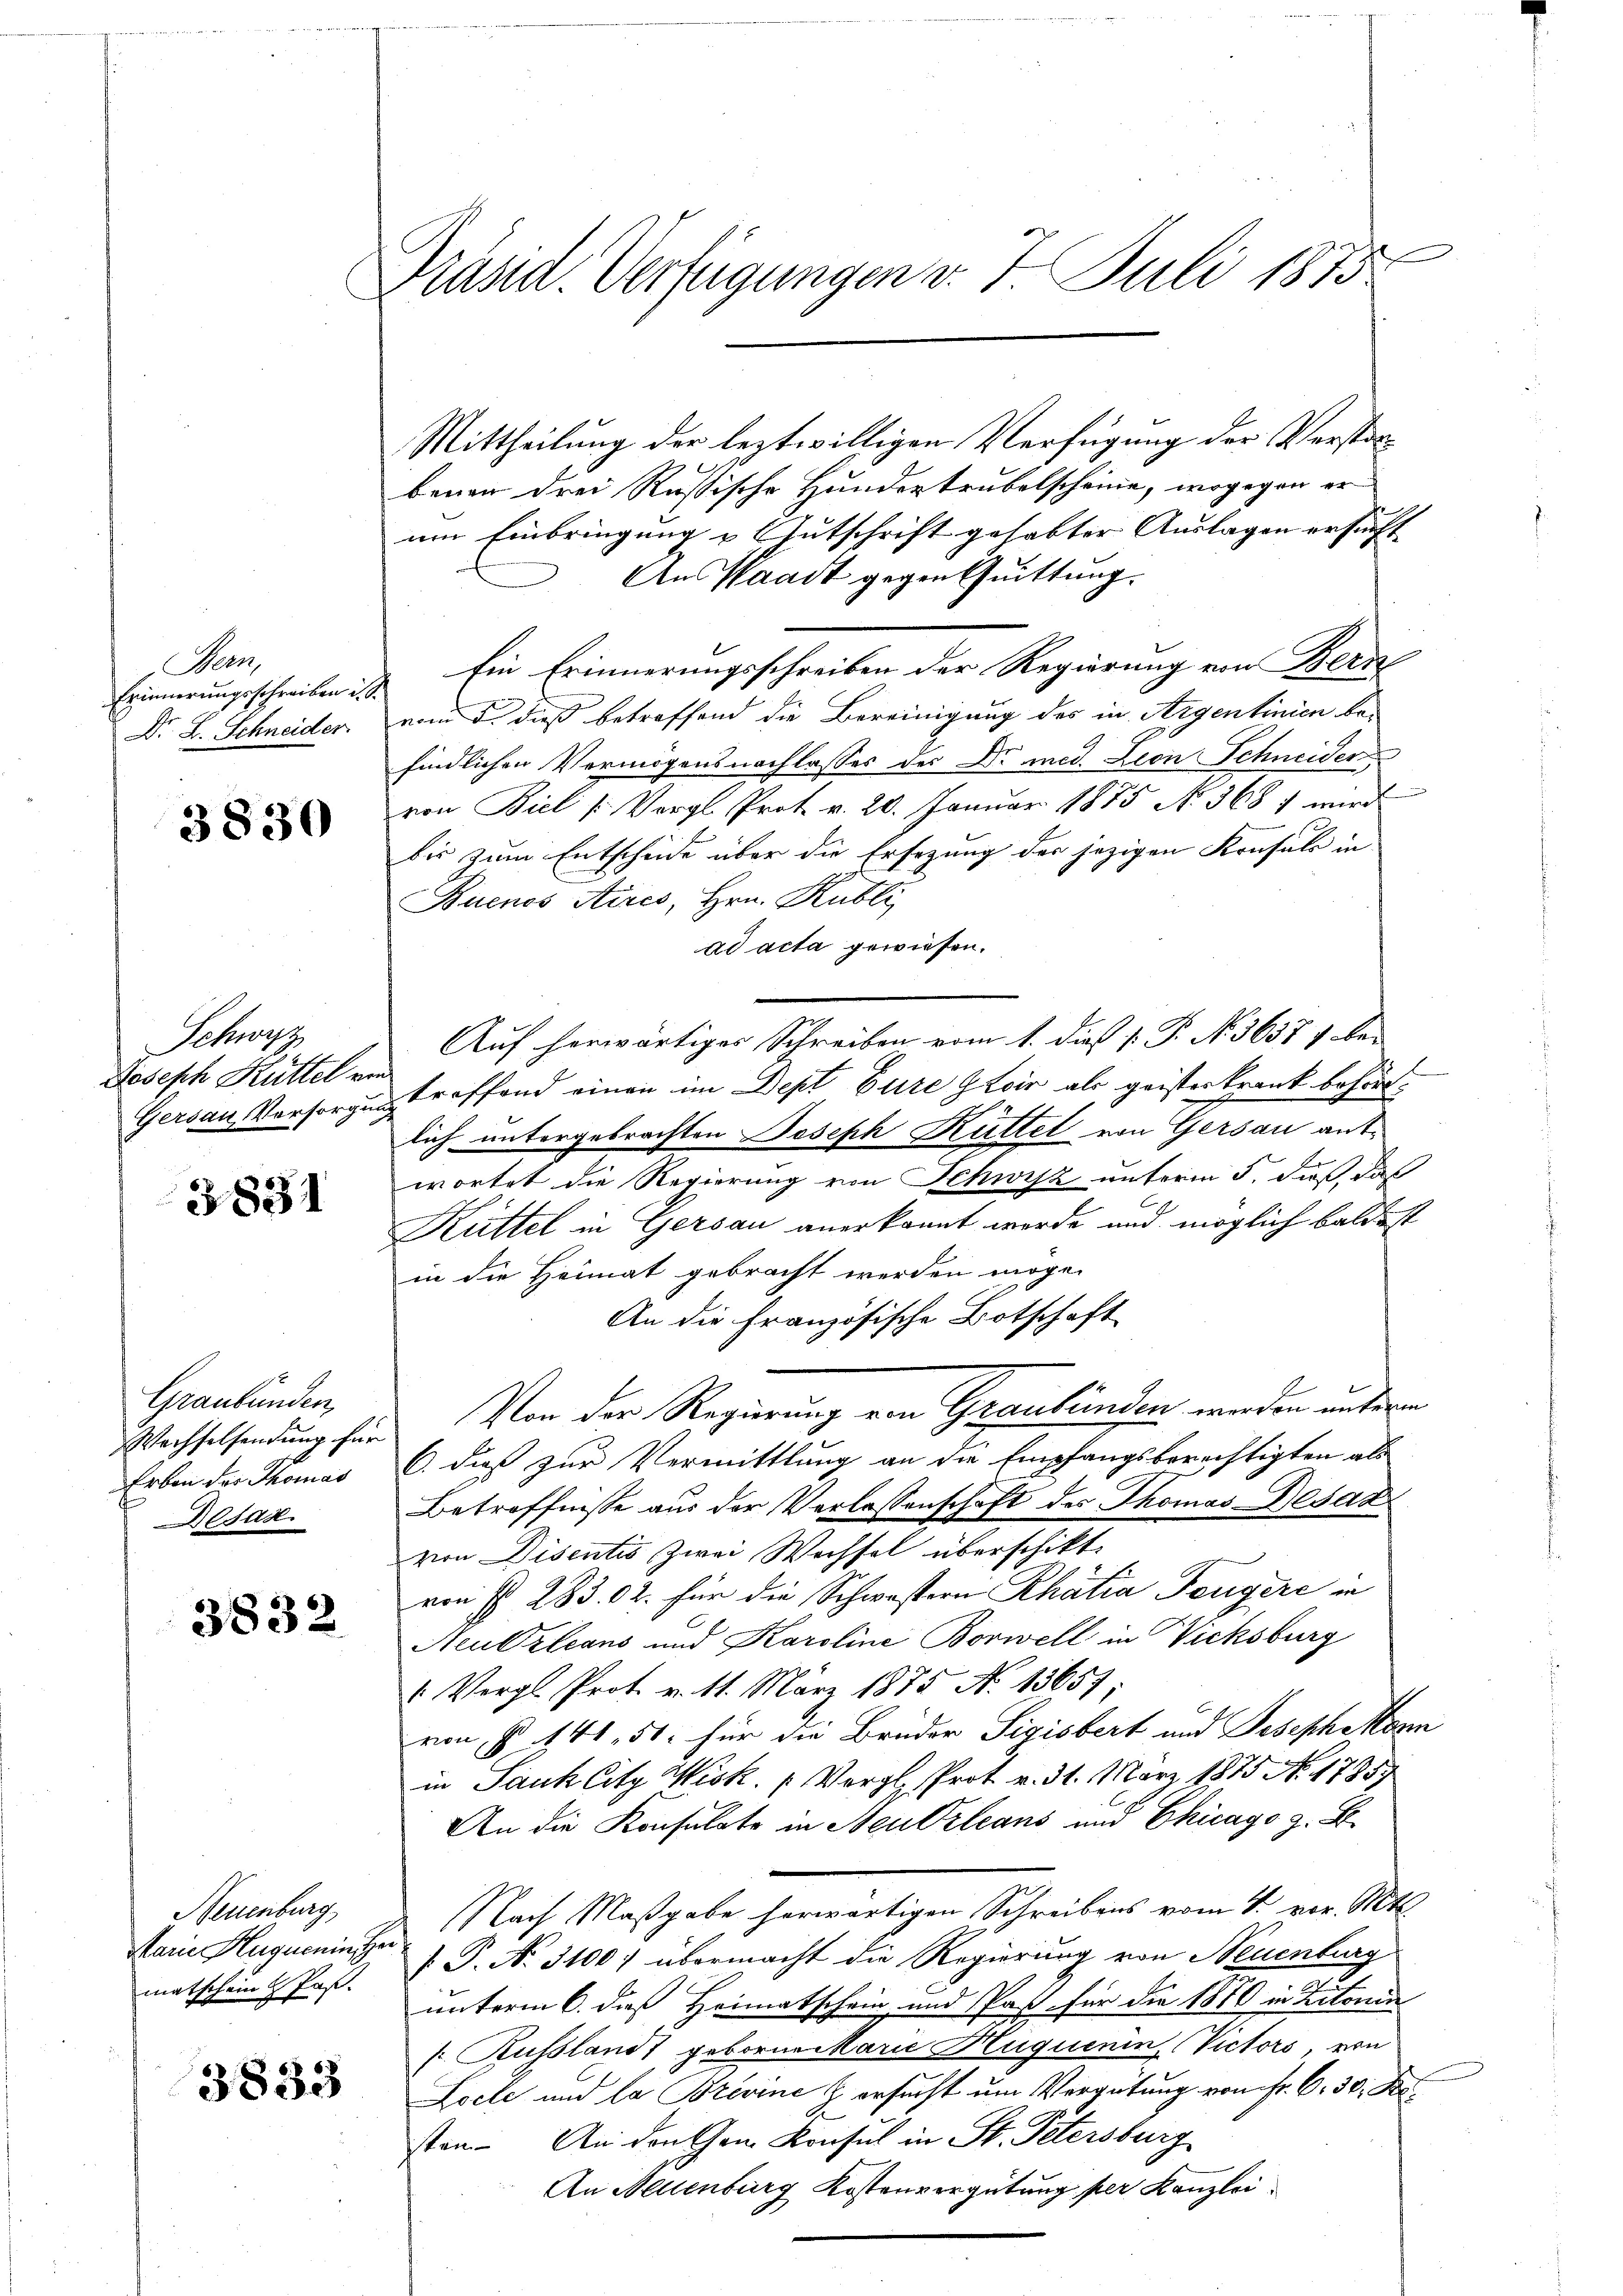
Bern,
Dr. L. Schneider

3830

Schwyz
Joseph Hüttel von

3831

Graubünden,
Erben des Thomas
Desar

3832

Neuenburg
Marie Huguenins Her

3833

Präsid. Verfügungen v. 7. Juli 1875

Mittheilung der leztwilligen Verfügung der Verstorbener drei Rußische Hundertrubelscheine, wogegen er
um Einbringung u. Gutschrift gehabter Auslagen ersucht
An Waadt gegen Quittung.
Erinnerungsschreiben d. Ein Erinnerungsschreiben der Regierung von Berne
vom 5. dieß betreffend die Bereinigung des in Aigentinien be-
findlichen Vermögensnachlasses der Dr. med. Leon Schneider
von Biel Vergl. Prot. v. 20. Januar 1875 No. 368 7 wird
bis zum Entscheide über die Ersezung des jezigen Konsuls in
Buenos Aires, Hrn. Kubli
ad acta gewiesen.
Auf herwärtiger Schreiben vom 1. dieß (: P. Nr. 36371 be-
Gersau Vorsorgen treffend einen im Dept Eure Steir als geisterkrank behörtlich untergebrachten Joseph Rüttel von Gersau antwortet die Regierung von Schwyz unterm 5. dieß, daß
Küttel in Gersau anerkannt werde und möglich baldest
in die Heimat gebracht werden möge.
An die Französische Botschaft
Wechselsendung für Von der Regierung von Graubünden werden unterm
6. dieß zur Vermittlung an die Empfangsberechtigten als
Betreffnisse aus der Verlassenschaft des Thomas-Besat
von Disentis zwei Wechsel überschikt.
von § 283. 02. für die Schwestern Rhatia Feugere in
Neubrleans und Karoline Borwell in Vicksburg
Vergl. Prot. v. 11. März 1875 No 13657
von § 141. 51. für die Brüder Sigisbert und Josephaltern
in Jauk Citz Wisk. (Verglsprot v. 31. März 1875 No. 17857
An die Konsulate in Neu Orleans und Chicago z. B.
Nach Maßgabe herwärtigen Schreibens vom 1. vor. Mtt.
matschen u Post. I S. N. 31007 übermacht die Regierung von Neuenburg
unterm 6. daß Heimatschein und Past für die 1870 in Zitonia
(Russland geborne Marie Huquenin, Victors von
Loele und la Brevine Z. ersucht um Vergütung von Fr. C. 30. Resten. An den Gem. Konsul in St. Petersburg
An Mellenburg Kostenvergütung per Kanzlei